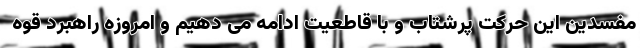
مفسدین این حرکت پرشتاب و با قاطعیت ادامه می دهیم و امروزه راهبرد قوه